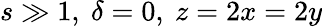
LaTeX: s\gg 1,~\delta=0,~z=2x=2y